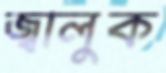
জ্বালুক